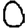
Digit: 0